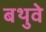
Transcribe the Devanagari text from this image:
बथुवे